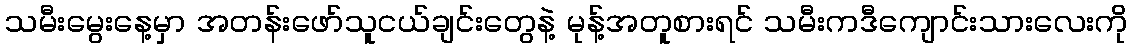
သမီးမွေးနေ့မှာ အတန်းဖော်သူငယ်ချင်းတွေနဲ့ မုန့်အတူစားရင် သမီးကဒီကျောင်းသားလေးကို